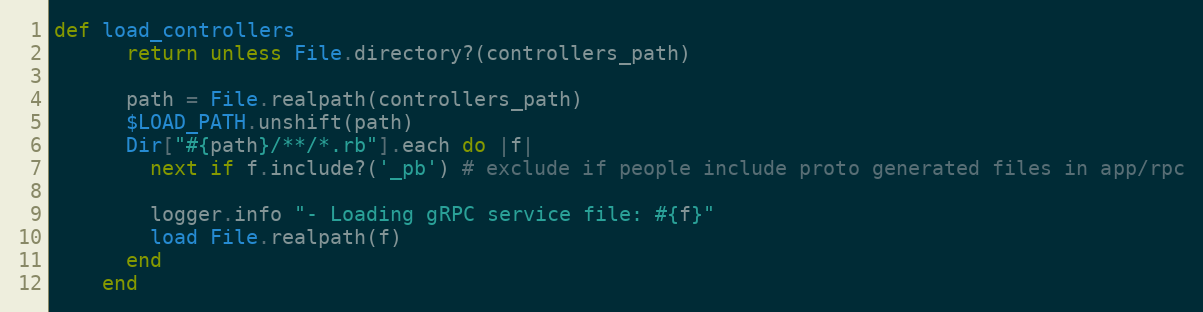
Language: Ruby
def load_controllers
      return unless File.directory?(controllers_path)

      path = File.realpath(controllers_path)
      $LOAD_PATH.unshift(path)
      Dir["#{path}/**/*.rb"].each do |f|
        next if f.include?('_pb') # exclude if people include proto generated files in app/rpc

        logger.info "- Loading gRPC service file: #{f}"
        load File.realpath(f)
      end
    end